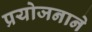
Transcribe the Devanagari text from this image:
प्रयोजनाने